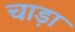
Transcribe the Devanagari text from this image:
चाड़ा